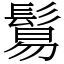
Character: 鬄